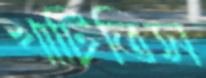
খাটিতিস